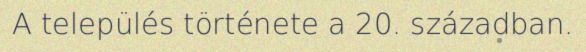
A település története a 20. században.